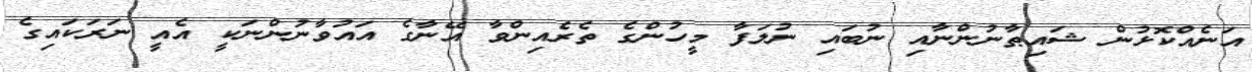
އަނެއްކޮޅުން ޝައިޠާނުންނާއި ނުބައި ނުލަފާ މީހުންގެ ތެރެއިންވާ އޭނާގެ އައުވާނުންނަކީ އެއީ ނަރަކައިގެ